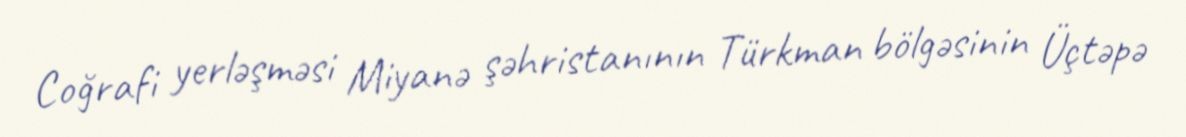
Coğrafi yerləşməsi Miyanə şəhristanının Türkman bölgəsinin Üçtəpə